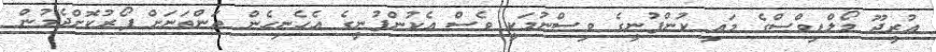
އުރީދޫ މޯލްޑިވްސްގެ މައި ކުންފުނީގެ ވިސްނުމަކީ ވެސް އެކުންފުނީގެ އެހެނިހެން ތަންތަނަށް ފޯރުކޮށްދެމުން